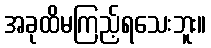
အခုထိမကြည့်ရသေးဘူး။